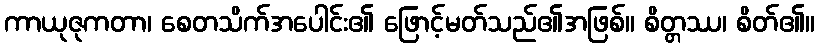
ကာယုဇုကတာ၊ စေတသိက်အပေါင်း၏ ဖြောင့်မတ်သည်၏အဖြစ်။ စိတ္တဿ၊ စိတ်၏။